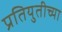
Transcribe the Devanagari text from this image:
प्रतियुतीच्या